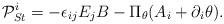
LaTeX: \begin{align*}{\cal P}_{St}^i=-\epsilon _{ij}E_jB-\Pi _\theta (A_i+\partial _i\theta ).\end{align*}